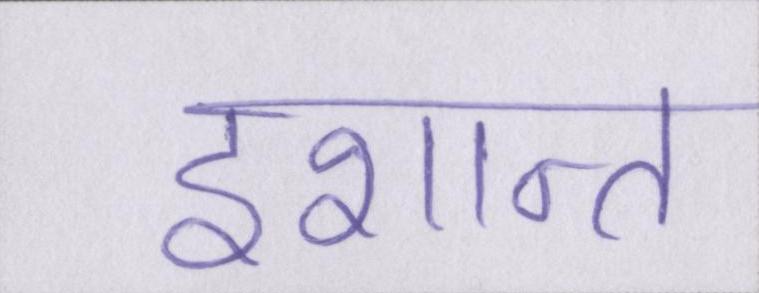
इशान्त